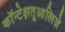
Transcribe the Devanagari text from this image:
कॉन्टेक्षतुआलिज़े